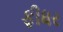
ફીધર